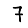
Digit: 7